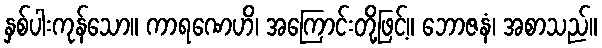
နှစ်ပါးကုန်သော။ ကာရဏေဟိ၊ အကြောင်းတို့ဖြင့်။ ဘောဇနံ၊ အစာသည်။